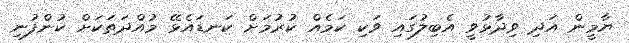
ޔާމީން އަދި ވިދާޅުވީ އެބިލުގައި ވަކި ކަމެއް ކުރުމަށް ކަނޑައެޅޭ މުއްދަތަކަށް ކުންފުނި